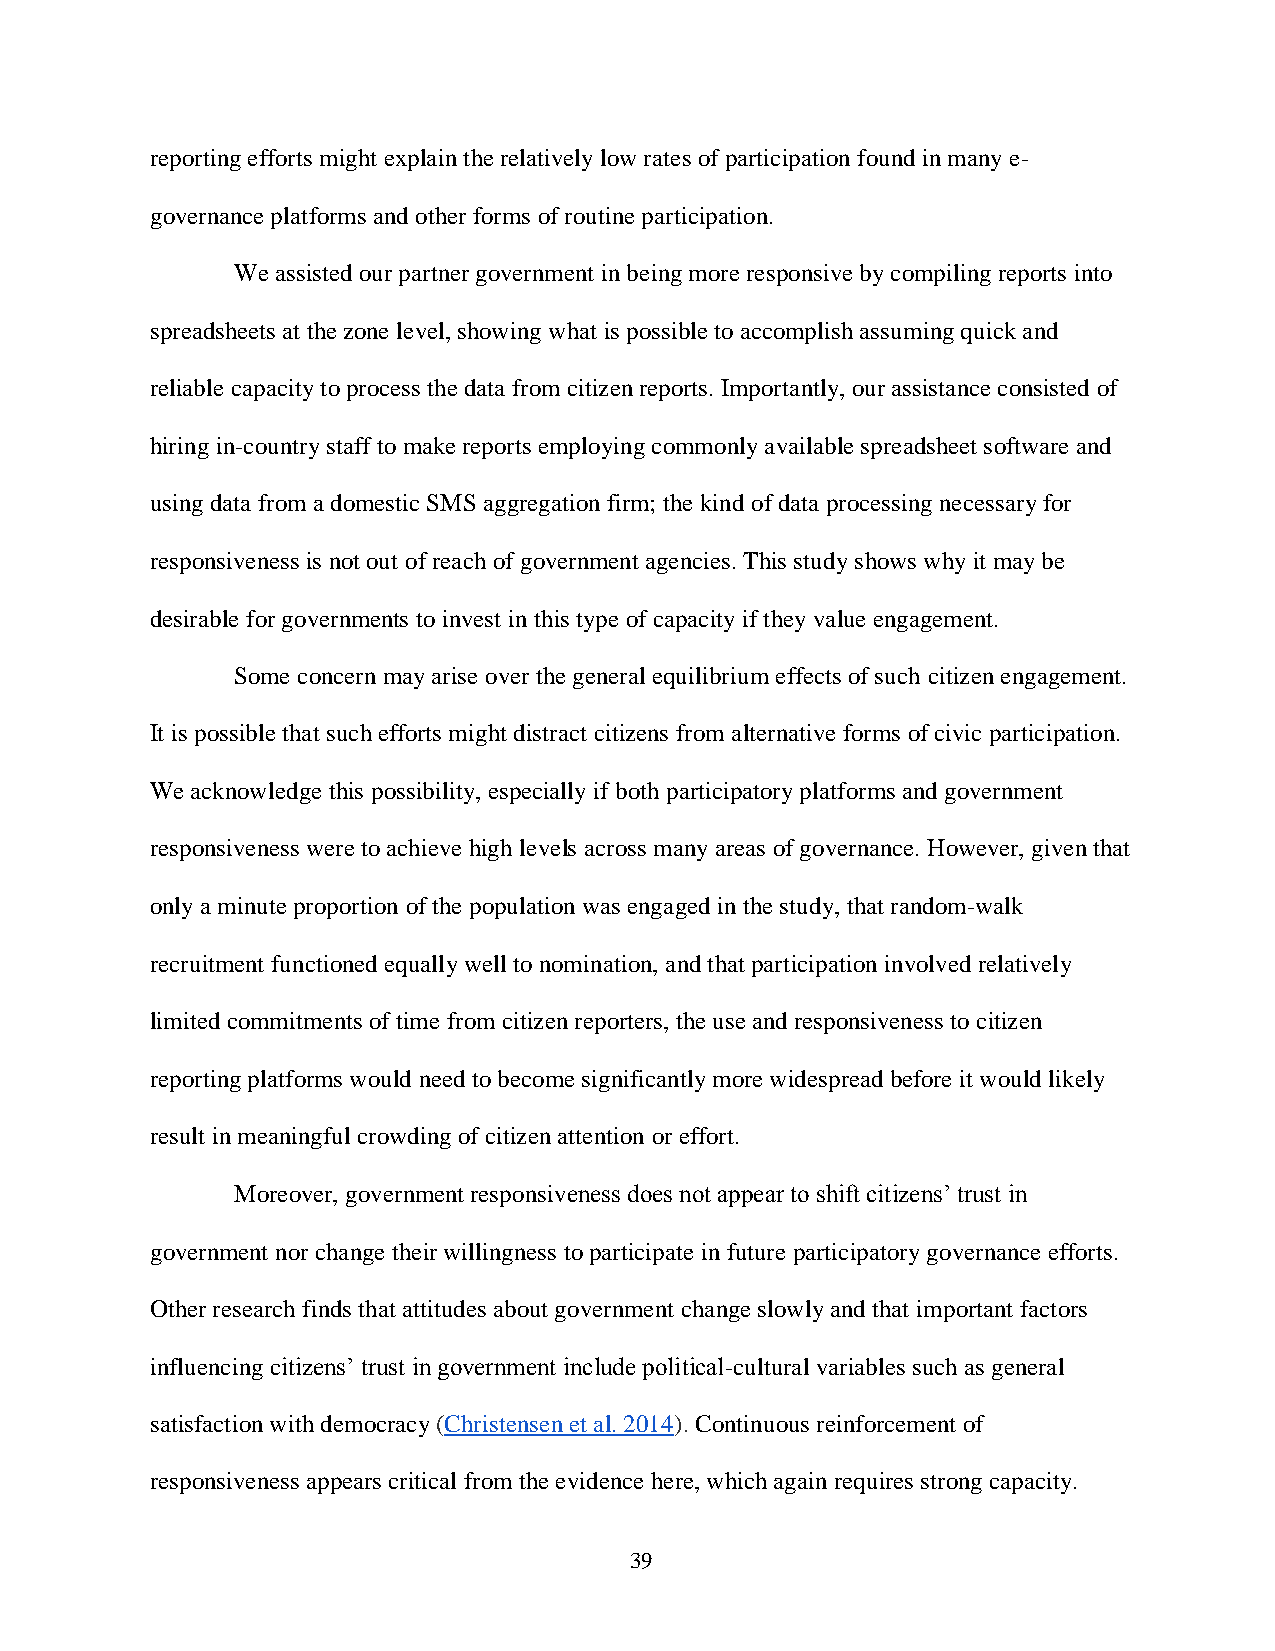
reporting efforts might explain the relatively low rates of participation found in many e-
 governance platforms and other forms of routine participation.
 We assisted our partner government in being more responsive by compiling reports into
 spreadsheets at the zone level, showing what is possible to accomplish assuming quick and
 reliable capacity to process the data from citizen reports. Importantly, our assistance consisted of
 hiring in-country staff to make reports employing commonly available spreadsheet software and
 using data from a domestic SMS aggregation firm; the kind of data processing necessary for
 responsiveness is not out of reach of government agencies. This study shows why it may be
 desirable for governments to invest in this type of capacity if they value engagement.
 Some concern may arise over the general equilibrium effects of such citizen engagement.
 It is possible that such efforts might distract citizens from alternative forms of civic participation.
 We acknowledge this possibility, especially if both participatory platforms and government
 responsiveness were to achieve high levels across many areas of governance. However, given that
 only a minute proportion of the population was engaged in the study, that random-walk
 recruitment functioned equally well to nomination, and that participation involved relatively
 limited commitments of time from citizen reporters, the use and responsiveness to citizen
 reporting platforms would need to become significantly more widespread before it would likely
 result in meaningful crowding of citizen attention or effort.
 Moreover, government responsiveness does not appear to shift citizens’ trust in
 government nor change their willingness to participate in future participatory governance efforts.
 Other research finds that attitudes about government change slowly and that important factors
 influencing citizens’ trust in government include political-cultural variables such as general
 satisfaction with democracy (Christensen et al. 2014). Continuous reinforcement of
 responsiveness appears critical from the evidence here, which again requires strong capacity.
 39